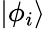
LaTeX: |\phi_{i}\rangle